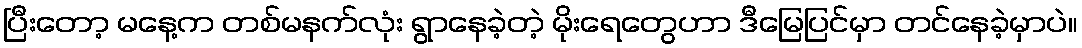
ပြီးတော့ မနေ့က တစ်မနက်လုံး ရွာနေခဲ့တဲ့ မိုးရေတွေဟာ ဒီမြေပြင်မှာ တင်နေခဲ့မှာပဲ။